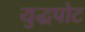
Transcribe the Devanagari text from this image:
युद्धपोट